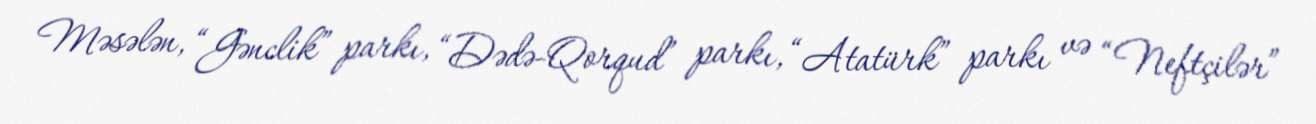
Məsələn, “Gənclik” parkı, “Dədə-Qorqud” parkı, “Atatürk” parkı və “Neftçilər”